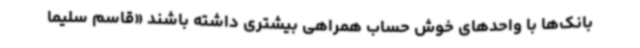
بانک‌ها با واحدهای خوش حساب همراهی بیشتری داشته باشند «قاسم سلیما